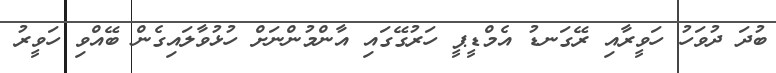
ބުދަ ދުވަހު ހަވީރާއި ރޭގަނޑު އެމްޑީޕީ ހަރުގޭގައި އާންމުންނަށް ހުޅުވާލައިގެން ބޭއްވި ހަވީރު